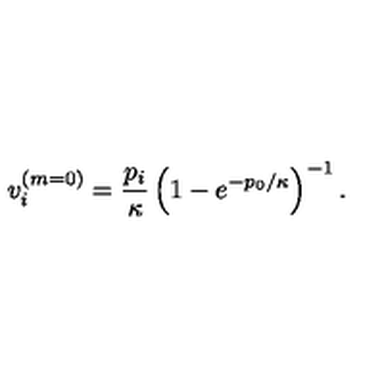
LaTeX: v _ { i } ^ { ( m = 0 ) } = \frac { p _ { i } } \kappa \left( 1 - e ^ { - { p _ { 0 } } / \kappa } \right) ^ { - 1 } .